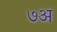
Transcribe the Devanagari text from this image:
७अ